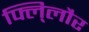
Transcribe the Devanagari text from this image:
फ्लि्लौर